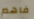
فاهم